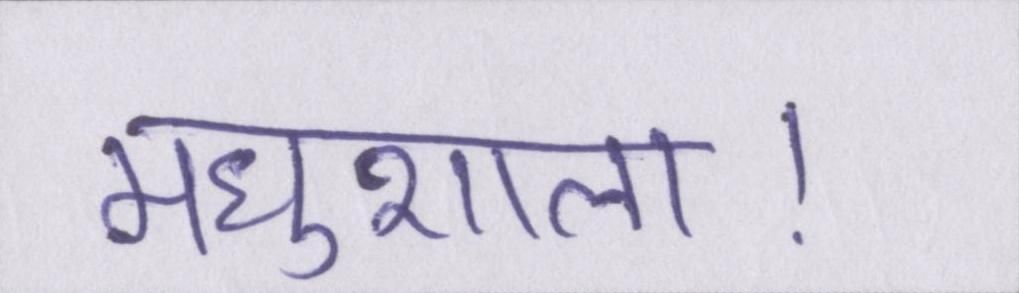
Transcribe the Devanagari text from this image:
मधुशाला।